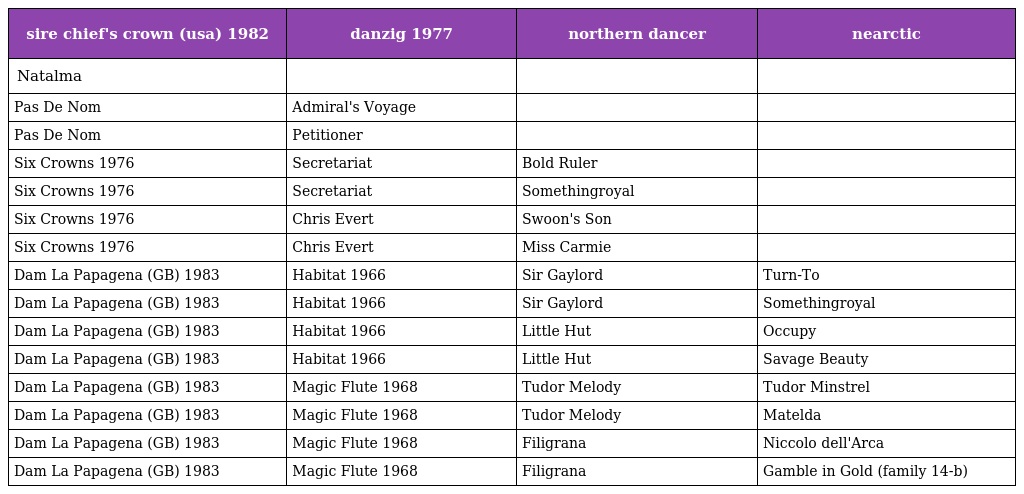
| sire chief's crown (usa) 1982 | danzig 1977 | northern dancer | nearctic |
 | --- | --- | --- | --- |
 | Natalma |  |  |  |
 | Pas De Nom | Admiral's Voyage |  |  |
 | Pas De Nom | Petitioner |  |  |
 | Six Crowns 1976 | Secretariat | Bold Ruler |  |
 | Six Crowns 1976 | Secretariat | Somethingroyal |  |
 | Six Crowns 1976 | Chris Evert | Swoon's Son |  |
 | Six Crowns 1976 | Chris Evert | Miss Carmie |  |
 | Dam La Papagena (GB) 1983 | Habitat 1966 | Sir Gaylord | Turn-To |
 | Dam La Papagena (GB) 1983 | Habitat 1966 | Sir Gaylord | Somethingroyal |
 | Dam La Papagena (GB) 1983 | Habitat 1966 | Little Hut | Occupy |
 | Dam La Papagena (GB) 1983 | Habitat 1966 | Little Hut | Savage Beauty |
 | Dam La Papagena (GB) 1983 | Magic Flute 1968 | Tudor Melody | Tudor Minstrel |
 | Dam La Papagena (GB) 1983 | Magic Flute 1968 | Tudor Melody | Matelda |
 | Dam La Papagena (GB) 1983 | Magic Flute 1968 | Filigrana | Niccolo dell'Arca |
 | Dam La Papagena (GB) 1983 | Magic Flute 1968 | Filigrana | Gamble in Gold (family 14-b) |